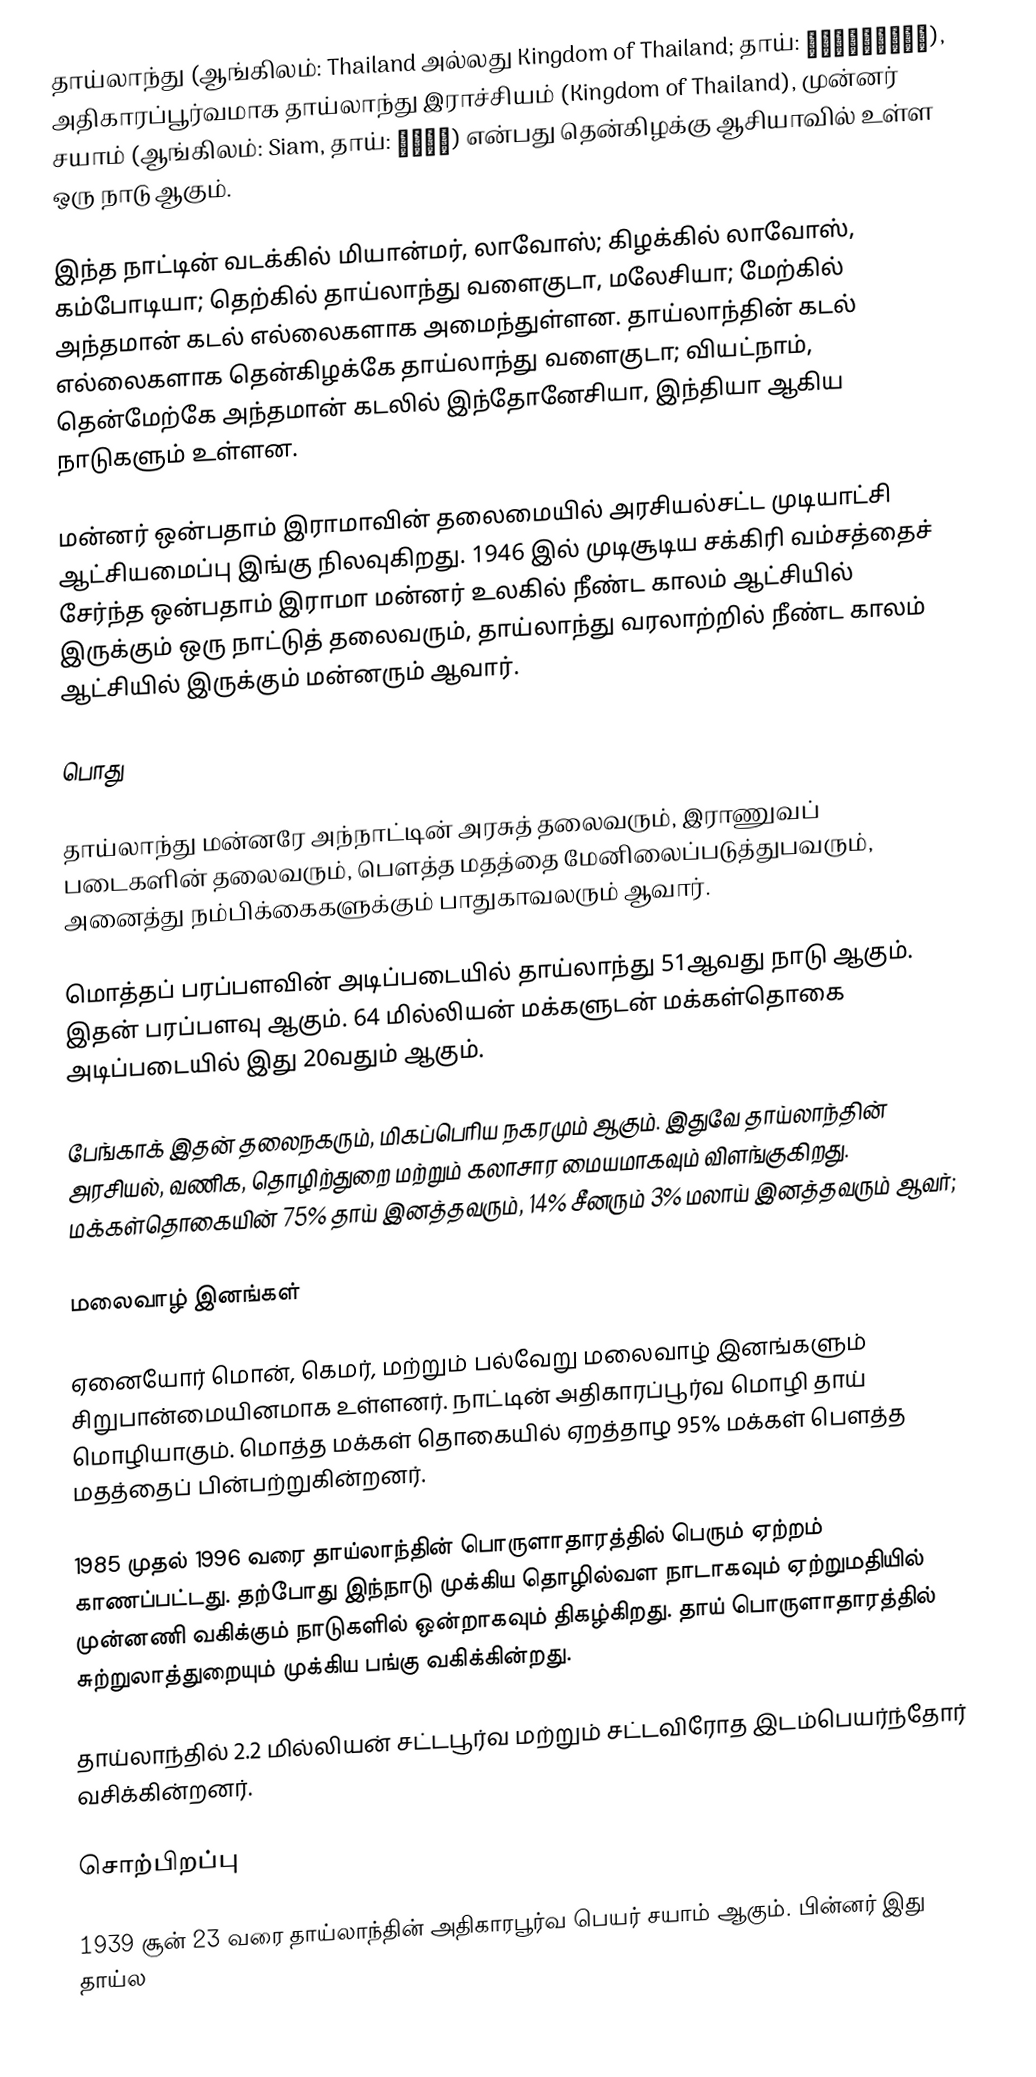
தாய்லாந்து (ஆங்கிலம்: Thailand அல்லது Kingdom of Thailand; தாய்: ประเทศไทย), அதிகாரப்பூர்வமாக தாய்லாந்து இராச்சியம் (Kingdom of Thailand), முன்னர் சயாம் (ஆங்கிலம்: Siam, தாய்: สยาม) என்பது தென்கிழக்கு ஆசியாவில் உள்ள ஒரு நாடு ஆகும்.

இந்த நாட்டின் வடக்கில் மியான்மர், லாவோஸ்; கிழக்கில் லாவோஸ், கம்போடியா; தெற்கில் தாய்லாந்து வளைகுடா, மலேசியா; மேற்கில் அந்தமான் கடல் எல்லைகளாக அமைந்துள்ளன. தாய்லாந்தின் கடல் எல்லைகளாக தென்கிழக்கே தாய்லாந்து வளைகுடா; வியட்நாம், தென்மேற்கே அந்தமான் கடலில் இந்தோனேசியா, இந்தியா ஆகிய நாடுகளும் உள்ளன.

மன்னர் ஒன்பதாம் இராமாவின் தலைமையில் அரசியல்சட்ட முடியாட்சி ஆட்சியமைப்பு இங்கு நிலவுகிறது. 1946 இல் முடிசூடிய சக்கிரி வம்சத்தைச் சேர்ந்த ஒன்பதாம் இராமா மன்னர் உலகில் நீண்ட காலம் ஆட்சியில் இருக்கும் ஒரு நாட்டுத் தலைவரும், தாய்லாந்து வரலாற்றில் நீண்ட காலம் ஆட்சியில் இருக்கும் மன்னரும் ஆவார்.

பொது

தாய்லாந்து மன்னரே அந்நாட்டின் அரசுத் தலைவரும், இராணுவப் படைகளின் தலைவரும், பௌத்த மதத்தை மேனிலைப்படுத்துபவரும், அனைத்து நம்பிக்கைகளுக்கும் பாதுகாவலரும் ஆவார்.

மொத்தப் பரப்பளவின் அடிப்படையில் தாய்லாந்து 51ஆவது நாடு ஆகும். இதன் பரப்பளவு  ஆகும். 64 மில்லியன் மக்களுடன் மக்கள்தொகை அடிப்படையில் இது 20வதும் ஆகும்.

பேங்காக் இதன் தலைநகரும், மிகப்பெரிய நகரமும் ஆகும். இதுவே தாய்லாந்தின் அரசியல், வணிக, தொழிற்துறை மற்றும் கலாசார மையமாகவும் விளங்குகிறது. மக்கள்தொகையின் 75% தாய் இனத்தவரும், 14% சீனரும் 3% மலாய் இனத்தவரும் ஆவர்;

மலைவாழ் இனங்கள்

ஏனையோர் மொன், கெமர், மற்றும் பல்வேறு மலைவாழ் இனங்களும் சிறுபான்மையினமாக உள்ளனர். நாட்டின் அதிகாரப்பூர்வ மொழி தாய் மொழியாகும். மொத்த மக்கள் தொகையில் ஏறத்தாழ 95% மக்கள் பௌத்த மதத்தைப் பின்பற்றுகின்றனர்.

1985 முதல் 1996 வரை தாய்லாந்தின் பொருளாதாரத்தில் பெரும் ஏற்றம் காணப்பட்டது. தற்போது இந்நாடு முக்கிய தொழில்வள நாடாகவும் ஏற்றுமதியில் முன்னணி வகிக்கும் நாடுகளில் ஒன்றாகவும் திகழ்கிறது. தாய் பொருளாதாரத்தில் சுற்றுலாத்துறையும் முக்கிய பங்கு வகிக்கின்றது.

தாய்லாந்தில் 2.2 மில்லியன் சட்டபூர்வ மற்றும் சட்டவிரோத இடம்பெயர்ந்தோர் வசிக்கின்றனர்.

சொற்பிறப்பு

1939 சூன் 23 வரை தாய்லாந்தின் அதிகாரபூர்வ பெயர் சயாம் ஆகும். பின்னர் இது தாய்ல